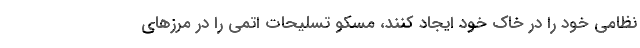
نظامی خود را در خاک خود ایجاد کنند، مسکو تسلیحات اتمی را در مرزهای